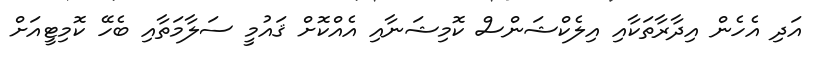
އަދި އެހެން އިދާރާތަކާއި އިލެކްޝަންސް ކޮމިޝަނާއި އެއްކޮށް ޤައުމީ ސަލާމަތާއި ބެހޭ ކޮމިޓީއަށް